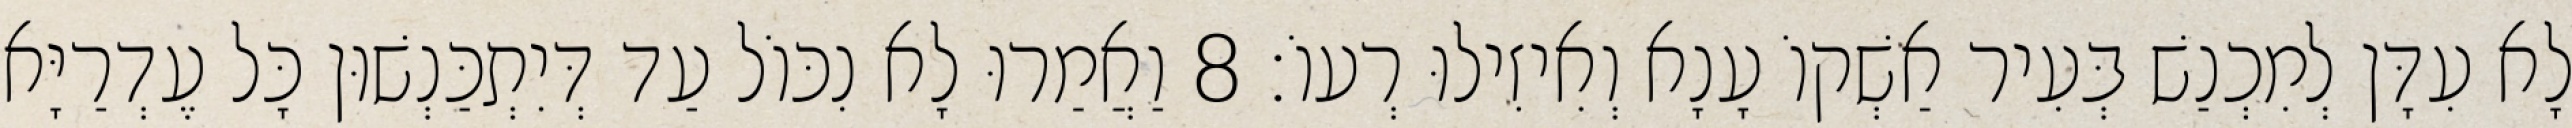
לָא עִדָּן לְמִכְנַשׁ בְּעִיר אַשְׁקוֹ עָנָא וְאִיזִילוּ רְעוֹ׃ 8 וַאֲמַרוּ לָא נִכּוֹל עַד דְּיִתְכַּנְשׁוּן כָּל עֶדְרַיָּא